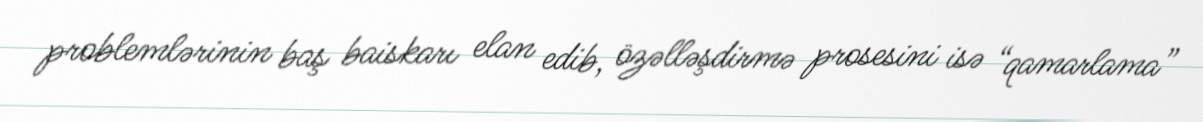
problemlərinin baş baiskarı elan edib, özəlləşdirmə prosesini isə “qamarlama”